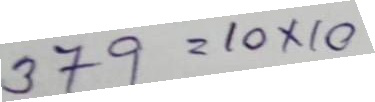
379 = 10 x 10